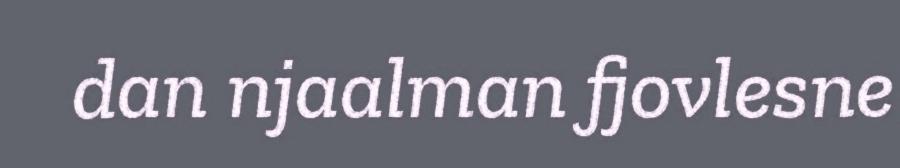
dan njaalman fjovlesne